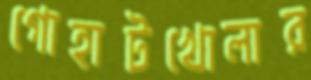
গোহাটখোলার